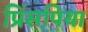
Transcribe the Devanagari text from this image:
प्रिंसपिया